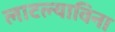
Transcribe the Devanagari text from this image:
लाटल्याविना